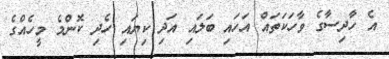
އެ ހާދިސާގެ ވާހަކަތައް އަހައި ބަލައި އަދި ކިޔައި ހެދި ކޮންމެ މީހެއްގެ